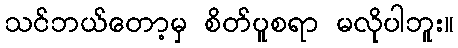
သင်ဘယ်တော့မှ စိတ်ပူစရာ မလိုပါဘူး။